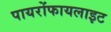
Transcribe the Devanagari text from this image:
पायरोंफायलाइट